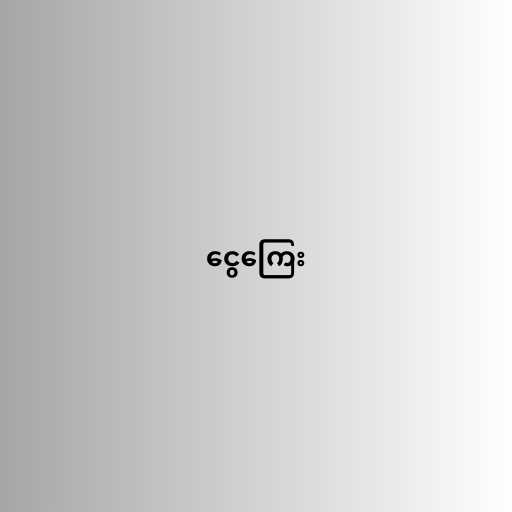
ငွေကြေး